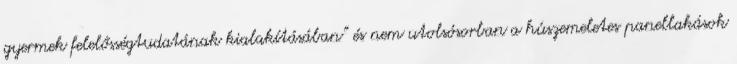
gyermek felelősségtudatának kialakításában” és nem utolsósorban a húszemeletes panellakások